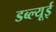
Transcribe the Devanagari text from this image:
डब्ल्यूई